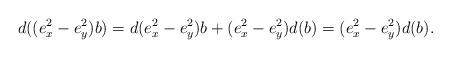
LaTeX: \begin{align*}d((e_x^2-e_y^2)b)&=d(e_x^2-e_y^2)b+(e_x^2-e_y^2)d(b)=(e_x^2-e_y^2)d(b).\end{align*}